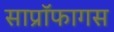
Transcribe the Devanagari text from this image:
साप्रॉफागस